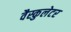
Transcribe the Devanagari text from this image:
वैस्कुलेटर